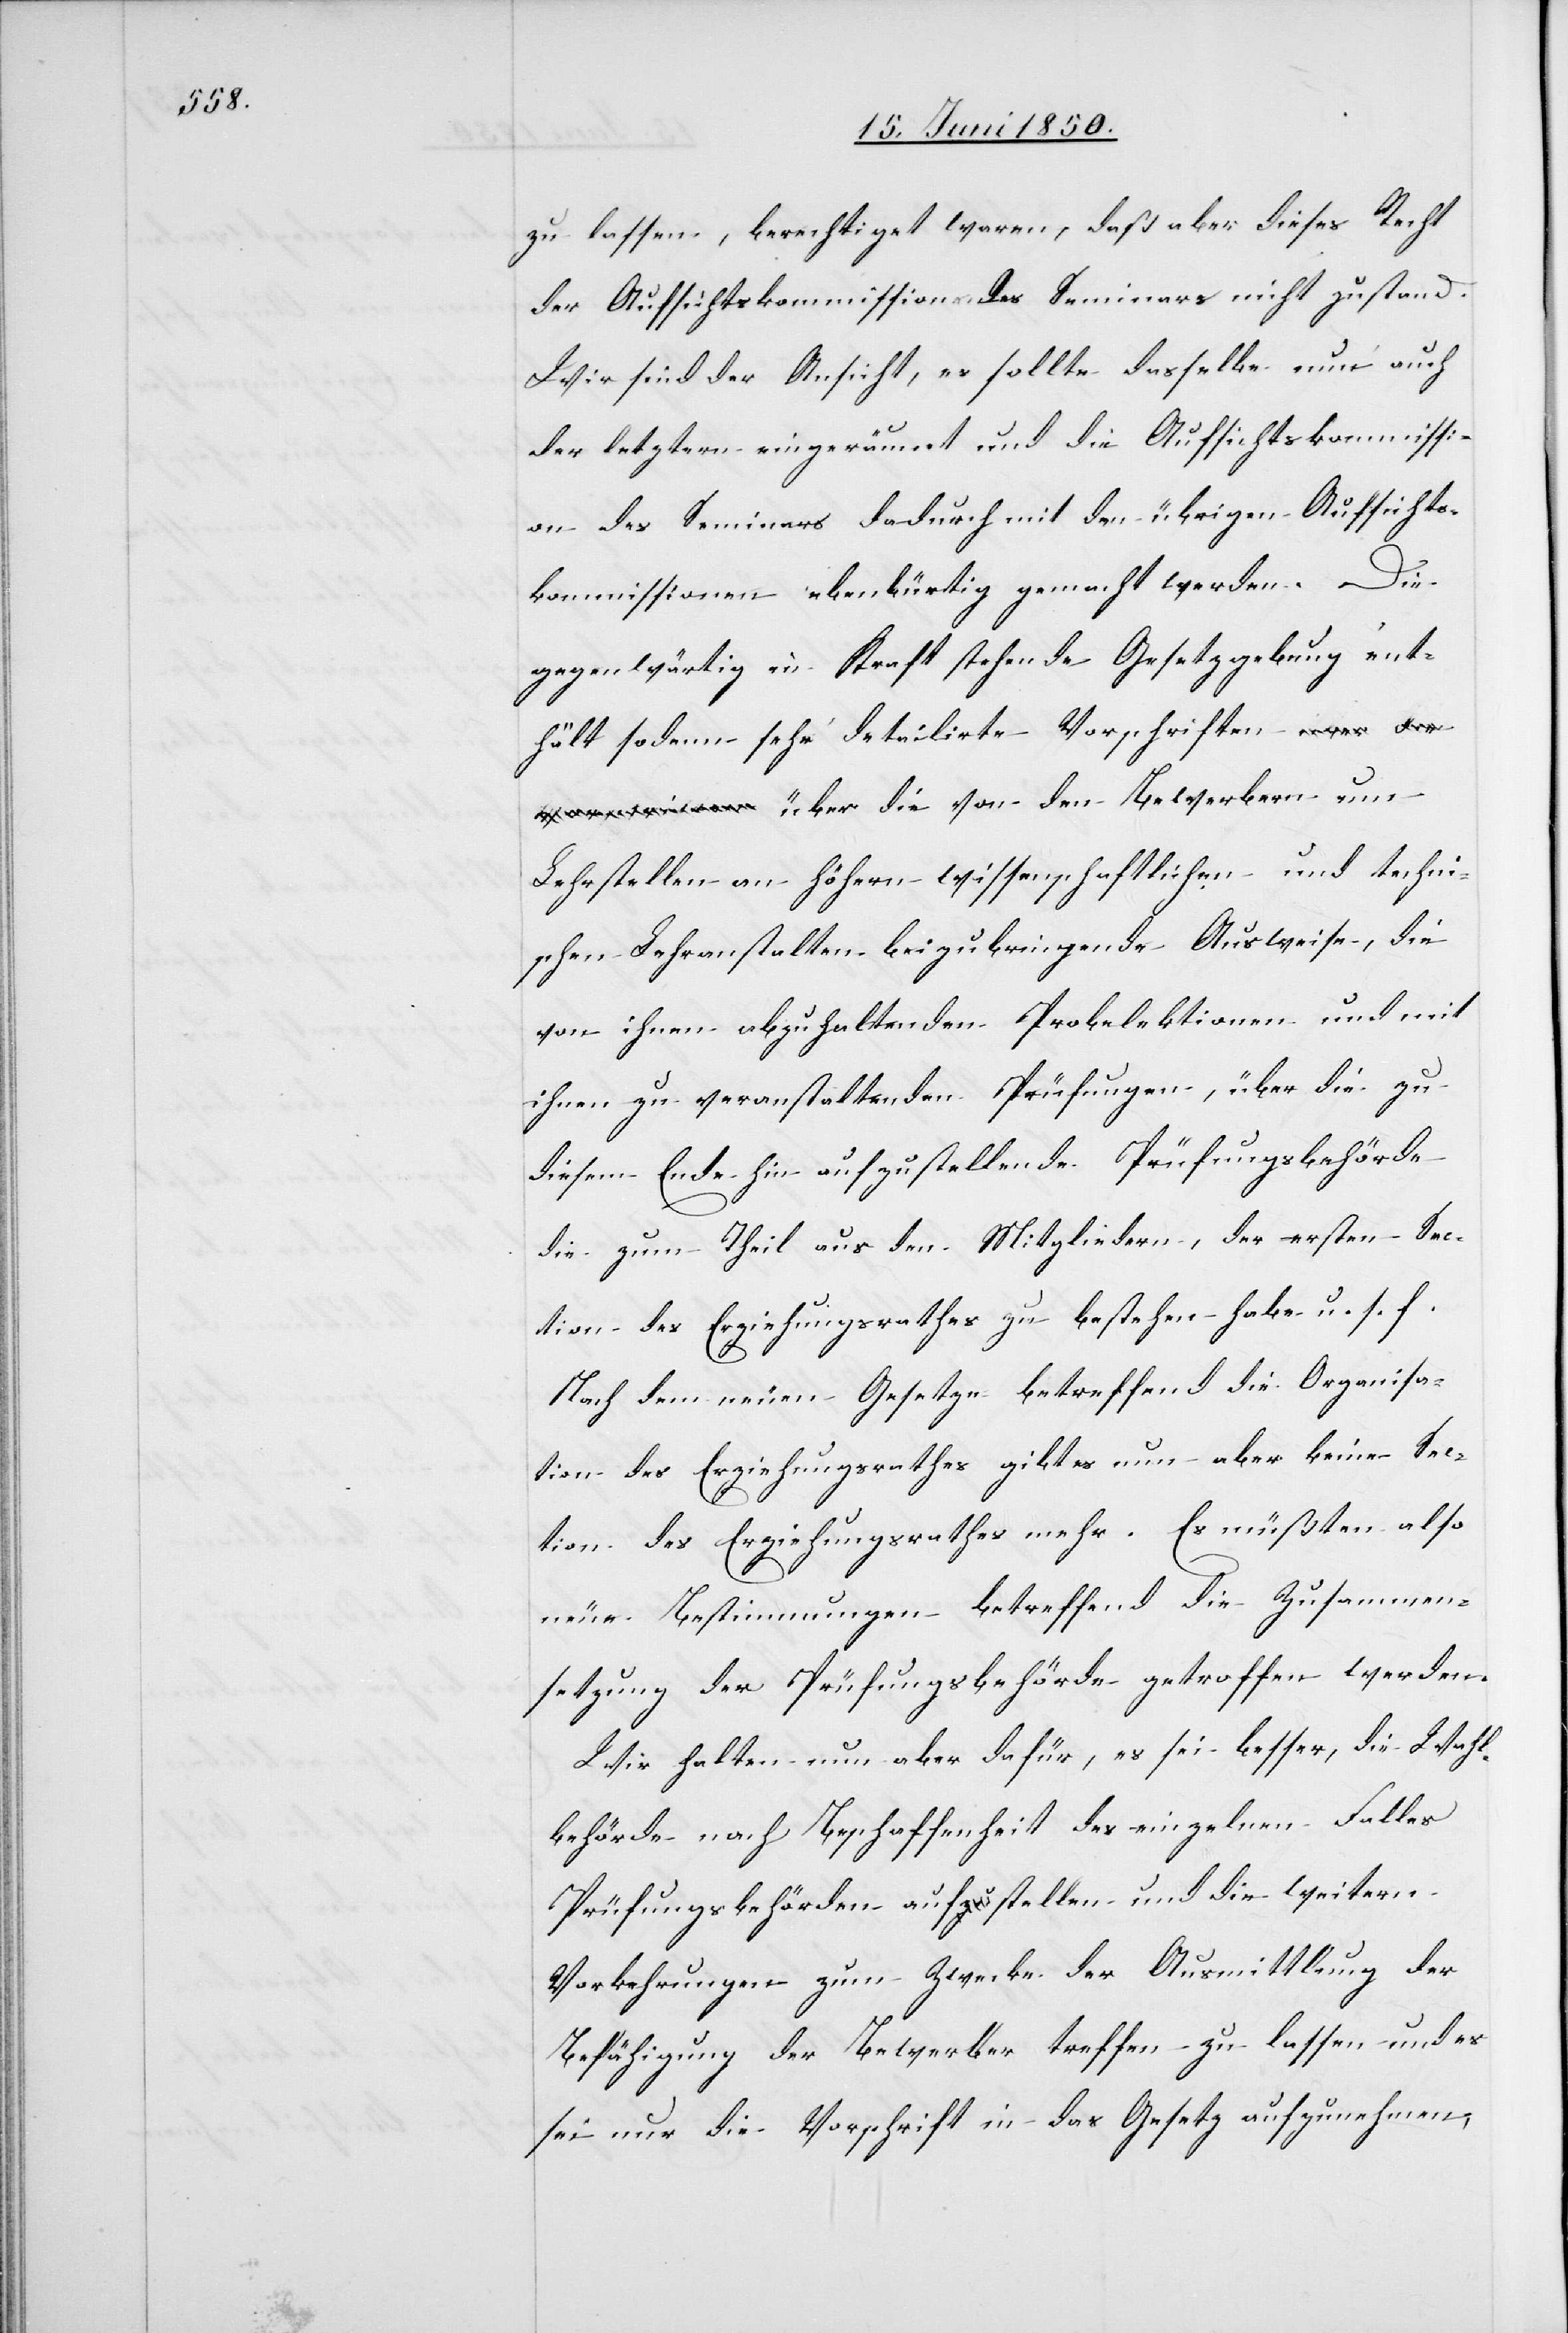
zu lassen, berechtiget waren, daß aber dieses Recht
der Aufsichtskommission des Seminars nicht zustand.
Wir sind der Ansicht, es sollte dasselbe nun auch
der letztern eingeräumt und die Aufsichtskommissi¬
on des Seminars dadurch mit den übrigen Aufsichts¬
kommissionen ebenbürtig gemacht werden. Die
gegenwärtig in Kraft stehende Gesetzgebung ent¬
hält sodann sehr detailirte Vorschriften über die
Lehrstellen an höhern wissenschaftlichen und techni¬
schen Lehranstalten beizubringende Ausweise, die
von ihnen abzuhaltenden Probelektionen und mit
ihnen zu veranstaltenden Prüfungen, über die zu
diesem Ende hin aufzustellende Prüfungsbehörde
die zum Theil aus den Mitgliedern, der ersten Sec¬
tion des Erziehungsrathes zu bestehen habe u. s. f.
Nach dem neuen Gesetze betreffend die Organisa¬
tion des Erziehungsrathes gibt es nun aber keine Sec¬
tion des Erziehungsrathes mehr. Es müßten also
neue Bestimmungen betreffend die Zusammen¬
setzung der Prüfungsbehörde getroffen werden.
Wir halten nun aber dafür, es sei besser, die Wahl¬
behörde nach Beschaffenheit des einzelnen Falles
Prüfungsbehörden aufstellen und die weitern
Vorkehrungen zum Zwecke der Ausmittlung der
Befähigung der Bewerber treffen zu lassen und es
sei nur die Vorschrift in das Gesetz aufzunehmen,